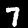
Digit: 7